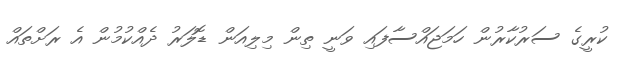
ކުރީގެ ސަރުކާރުން ހަމަޖައްސާފައި ވަނީ ތިން މިލިއަން ޑޮލަރު ދެއްކުމުން އެ ރަށްތައް